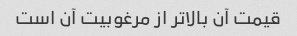
قیمت آن بالاتر از مرغوبیت آن است